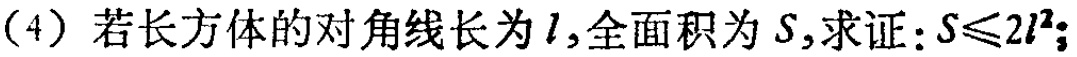
(4) 若长方体的对角线长为\(l\)，全面积为\(S\)，求证：\(S\leqslant 2l^{2}\)；